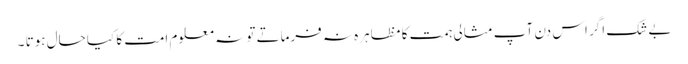
بے شک اگر اس دن آپ مثالی ہمت کا مظاہرہ نہ فرماتے تو نہ معلوم امت کا کیا حال ہوتا ۔